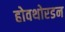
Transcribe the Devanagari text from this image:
होवथोरडन